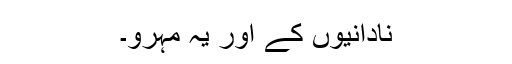
نادانیوں کے اور یہ مہرو۔